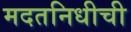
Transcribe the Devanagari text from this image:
मदतनिधीची